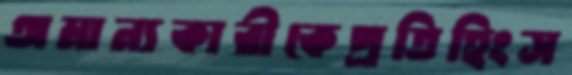
অমান্যকারীকেপ্রতিহিংস